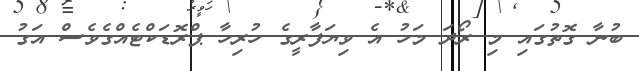
ބުނާ ގޮތުގައި މި ރޯދަ މަހު އެ ވިޔަފާރީގެ ހުރިހާ ޕްރޮޑަކްޓެއްގެވެސް އަގު